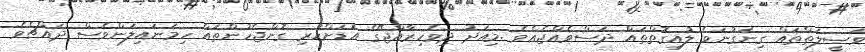
ވަޞީލަތްތައް ގިނަގުނަވެ ލުއިގޮތްތައް ދަސްވެއްޖެއެވެ .މިއަދު ދިވެހިރާއްޖޭގެ އަޑަށްހުރި ގޮންޖެހުންތައް ހިމަނައިލަންވެސް ދައްޗެވެ